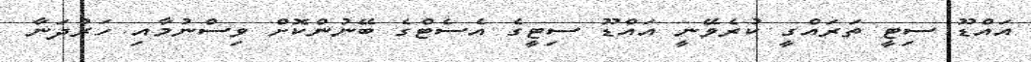
އައްޑޫ ސިޓީ ތަރައްގީ ކުރެވޭނީ އައްޑޫ ސިޓީގެ އެސެޓްގެ ބޭނުންކޮށް ވިސްނުމާއި ހަރުދަނާ